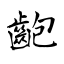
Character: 齙